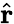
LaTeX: \hat{\mathbf{r}}